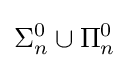
\Sigma _{n}^{0}\cup \Pi _{n}^{0}